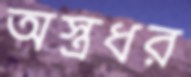
অস্ত্রধর